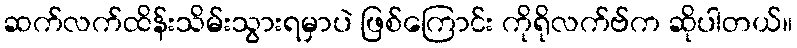
ဆက်လက်ထိန်းသိမ်းသွားရမှာပဲ ဖြစ်ကြောင်း ကိုရိုလက်ဗ်က ဆိုပါတယ်။